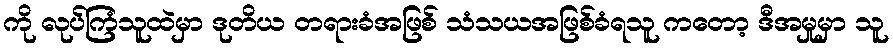
ကို လုပ်ကြံသူထဲမှာ ဒုတိယ တရားခံအဖြစ် သံသယအဖြစ်ခံရသူ ကတော့ ဒီအမှုမှာ သူ